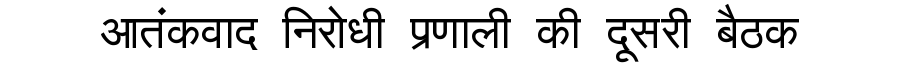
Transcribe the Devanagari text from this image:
आतंकवाद निरोधी प्रणाली की दूसरी बैठक